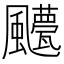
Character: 𲋍